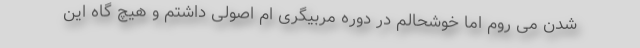
شدن می روم اما خوشحالم در دوره مربیگری ام اصولی داشتم و هیچ گاه این